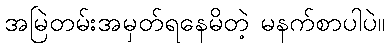
အမြဲတမ်းအမှတ်ရနေမိတဲ့ မနက်စာပါပဲ။